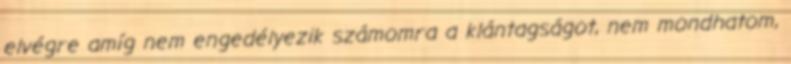
elvégre amíg nem engedélyezik számomra a klántagságot, nem mondhatom,